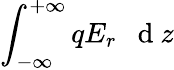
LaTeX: \int_{-\infty}^{+\infty}qE_{r}\mathrm{~~~d~}z